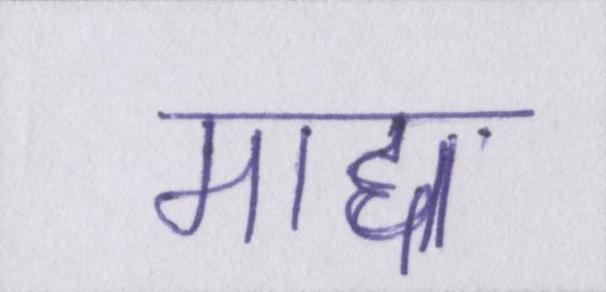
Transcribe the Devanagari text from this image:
माद्दा